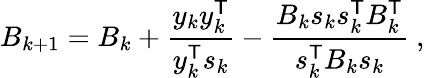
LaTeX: B_{k+1}=B_{k}+{\frac{y_{k}y_{k}^{\mathsf{T}}}{y_{k}^{\mathsf{T}}s_{k}}}-{\frac{B_{k}s_{k}s_{k}^{\mathsf{T}}B_{k}^{\mathsf{T}}}{s_{k}^{\mathsf{T}}B_{k}s_{k}}}\ ,